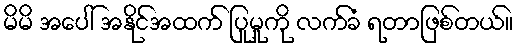
မိမိ အပေါ် အနိုင်အထက် ပြုမှုကို လက်ခံ ရတာဖြစ်တယ်။